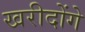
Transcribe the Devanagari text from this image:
खरीदोंगे